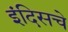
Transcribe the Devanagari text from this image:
इंदिसचे